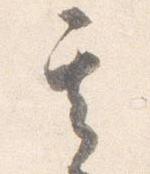
其